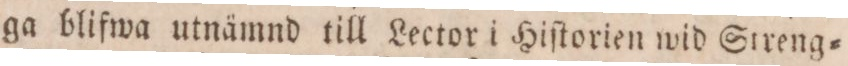
ga blifwa utnämnd till Lector i Hiſtorien wid Streng=